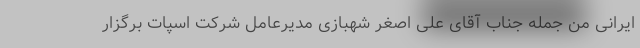
ایرانی من جمله جناب آقای علی اصغر شهبازی مدیرعامل شرکت اسپات برگزار